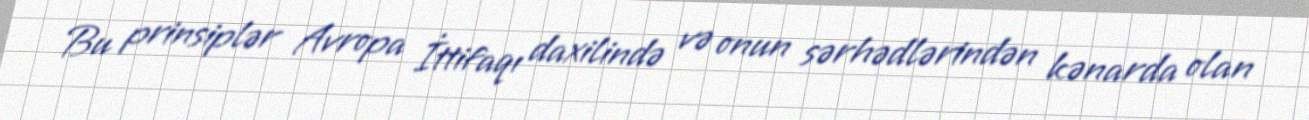
Bu prinsiplər Avropa İttifaqı daxilində və onun sərhədlərindən kənarda olan